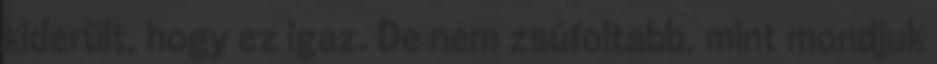
kiderült, hogy ez igaz. De nem zsúfoltabb, mint mondjuk